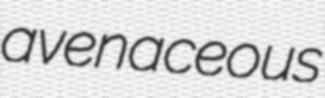
avenaceous